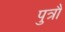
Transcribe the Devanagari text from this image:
पुत्रौ